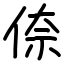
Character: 倷